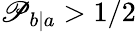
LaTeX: \mathscr{P}_{b|a}>1/2